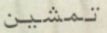
تمشين